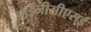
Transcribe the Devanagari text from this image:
आईजीसीएसई